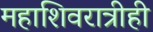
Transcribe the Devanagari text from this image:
महाशिवरात्रीही